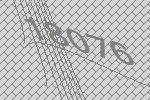
18076